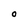
Character: O